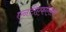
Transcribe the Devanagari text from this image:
एनटीएफएसवर